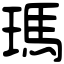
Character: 瑪